NAE_EAA_P-1050_Enda_Kallas, lk 8
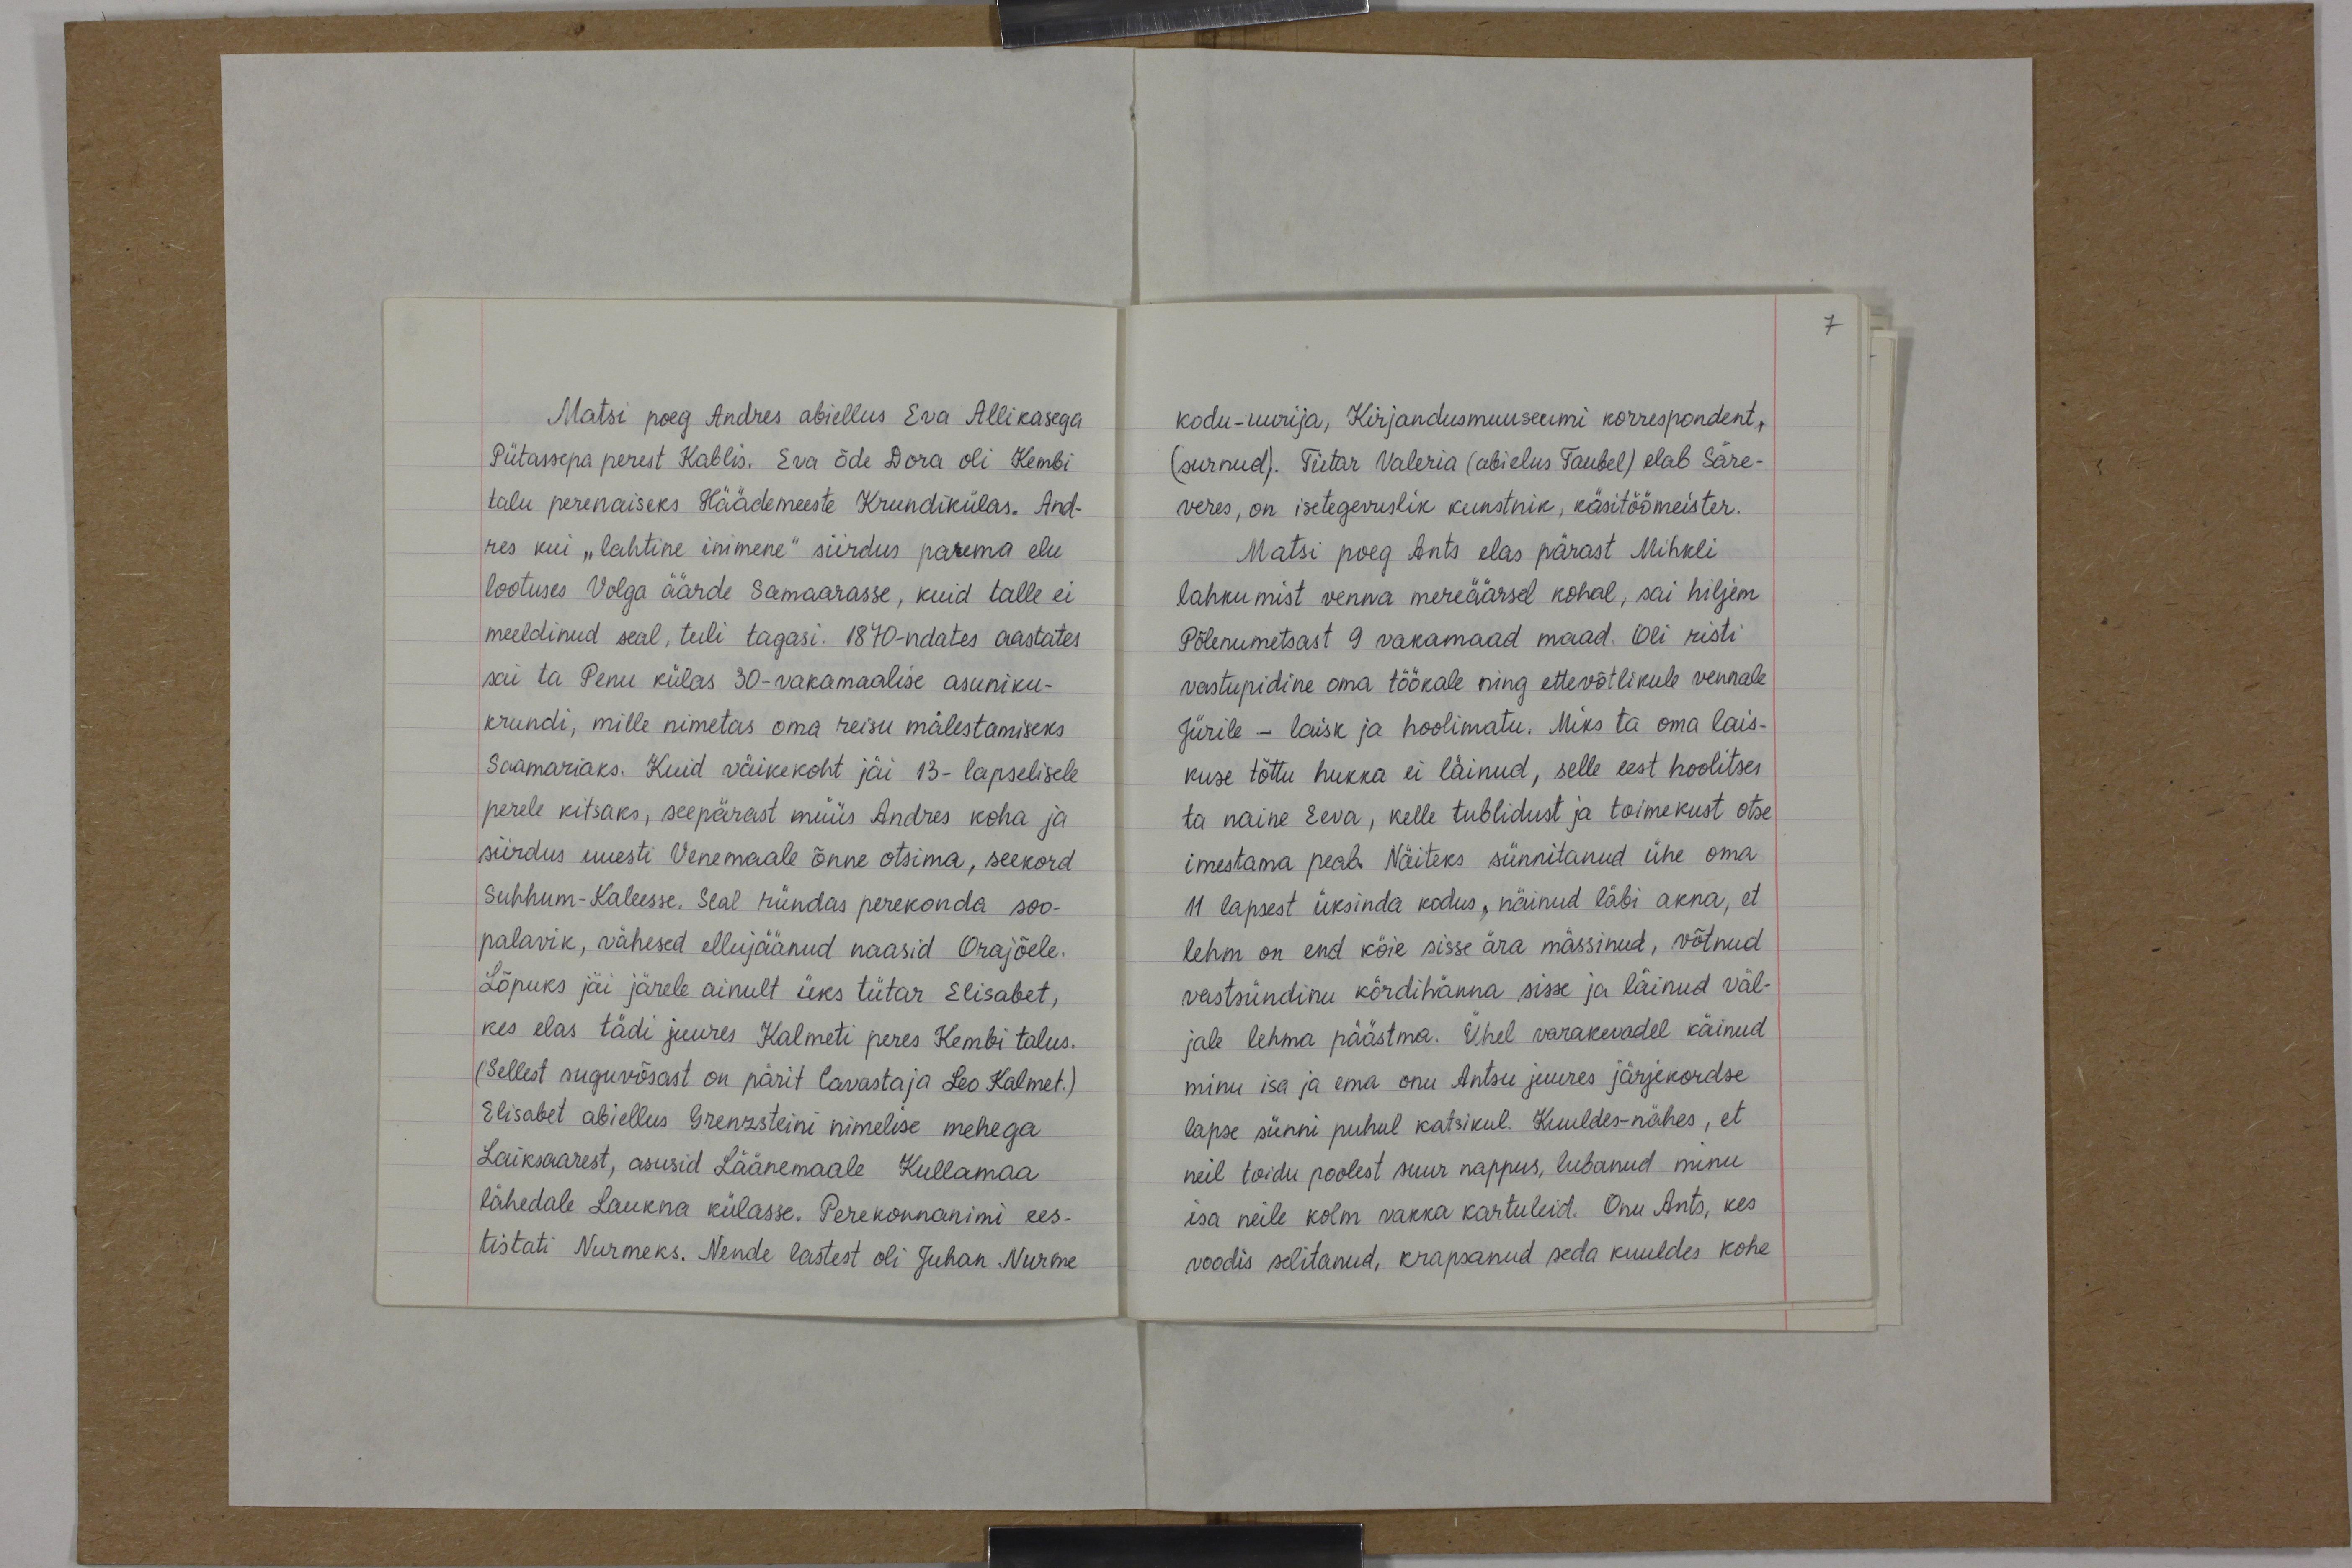
Matsi poeg Andres abiellus Eva Allikasega
Pütassepa perest Kablis. Eva õde Dora oli Kembi
talu perenaiseks Häädemeeste Krundikülas. And-
res kui "lahtine inimene" siirdus parema elu
lootuses Volga äärde Samaarasse, kuid talle ei
meeldinud seal, tuli tagasi. 1870-ndates aastates
sai ta Penu külas 30-vakamaalise asuniku-
krundi, mille nimetas oma reisu mälestamiseks
Saamariaks. Kuid väikekoht jäi 13- lapselisele
perele kitsaks, seepärast müüs Andres koha ja
siirdus uuesti Venemaale õnne otsima, seekord
Suhhum-Kaleesse. Seal ründas perekonda soo-
palavik, vähesed ellujäänud naasid Orajõele.
Lõpuks jäi järele ainult üks tütar Elisabet,
kes elas tädi juures Kalmeti peres Kembi talus.
(Sellest suguvõsast on pärit lavastaja Leo Kalmet.)
Elisabet abiellus Grenzsteini nimelise mehega
Laiksaarest, asusid Läänemaale Kullamaa
lähedale Laukna külasse. Perekonnanimi ees-
tistati Nurmeks. Nende lastest oli Juhan Nurme

kodu-uurija, Kirjandusmuuseumi korrespondent,
(surnud). Tütar Valeria (abielus Taubel) elab Säre-
veres, on isetegevuslik kunstnik, käsitöömeister.
Matsi poeg Ants elas pärast Mihkli
lahkumist venna mereäärsel kohal, sai hiljem
Põlenumetsast 9 vakamaad maad. Oli risti
vastupidine oma töökale ning ettevõtlikule vennale
Jürile - laisk ja hoolimatu. Miks ta oma lais-
kuse tõttu hukka ei läinud, selle eest hoolitses
ta naine Eeva, kelle tublidust ja toimekust otse
imestama peab. Näiteks sünnitanud ühe oma
11 lapsest üksinda kodus, näinud läbi akna, et
lehm on end köie sisse ära mässinud, võtnud
vastsündinu kördihänna sisse ja läinud väl-
jale lehma päästma. Ühel varakevadel käinud
minu isa ja ema onu Antsu juures järjekordse
lapse sünni puhul katsikul. Kuuldes-nähes, et
neil toidu poolest suur nappus, lubanud minu
isa neile kolm vakka kartuleid. Onu Ants, kes
voodis selitanud, krapsanud seda kuuldes kohe